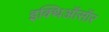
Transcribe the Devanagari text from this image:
इक्थिऑसॉर